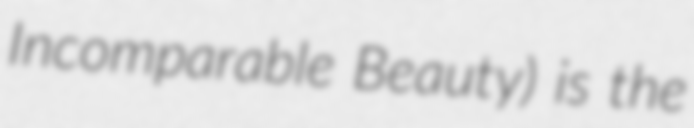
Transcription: Incomparable Beauty) is the